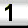
Digit: 1